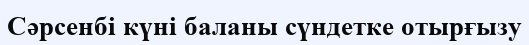
Сәрсенбі күні баланы сүндетке отырғызу